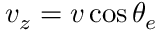
v _ { z } = v \cos \theta _ { e }